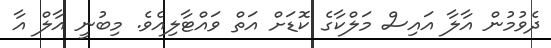
ދެވުމުން އާލާ އައިސް މަލްކާގެ ކޮޑަށް އަތް ވައްޓާލިއެވެ. މިބުނީ އާލް އާ